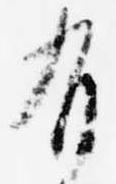
有